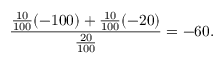
{ \frac { { \frac { 1 0 } { 1 0 0 } } ( - 1 0 0 ) + { \frac { 1 0 } { 1 0 0 } } ( - 2 0 ) } { \frac { 2 0 } { 1 0 0 } } } = - 6 0 .